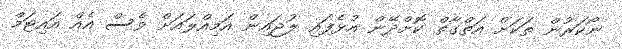
ނޯކަރުން ތަކަށް އަތްގާތް ކޮށްދޭން އުޅެފައި ލުޖައިން އަމިއްލައަށް ވެސް އެއް އައިޓަމް